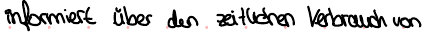
informiert über den zeitlichen Verbrauch von